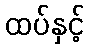
ထပ်နှင့်